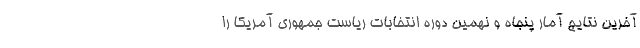
آخرین نتایج آمار پنجاه و نهمین دوره انتخابات ریاست جمهوری آمریکا را